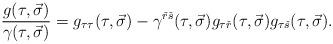
LaTeX: \begin{align*}{{g(\tau ,\vec \sigma )}\over {\gamma (\tau ,\vec \sigma )}}=g_{\tau\tau}(\tau ,\vec \sigma )-\gamma^{{\check r}{\check s}}(\tau ,\vec \sigma )g_{\tau {\check r}}(\tau ,\vec \sigma )g_{\tau {\check s}}(\tau ,\vec \sigma ).\end{align*}